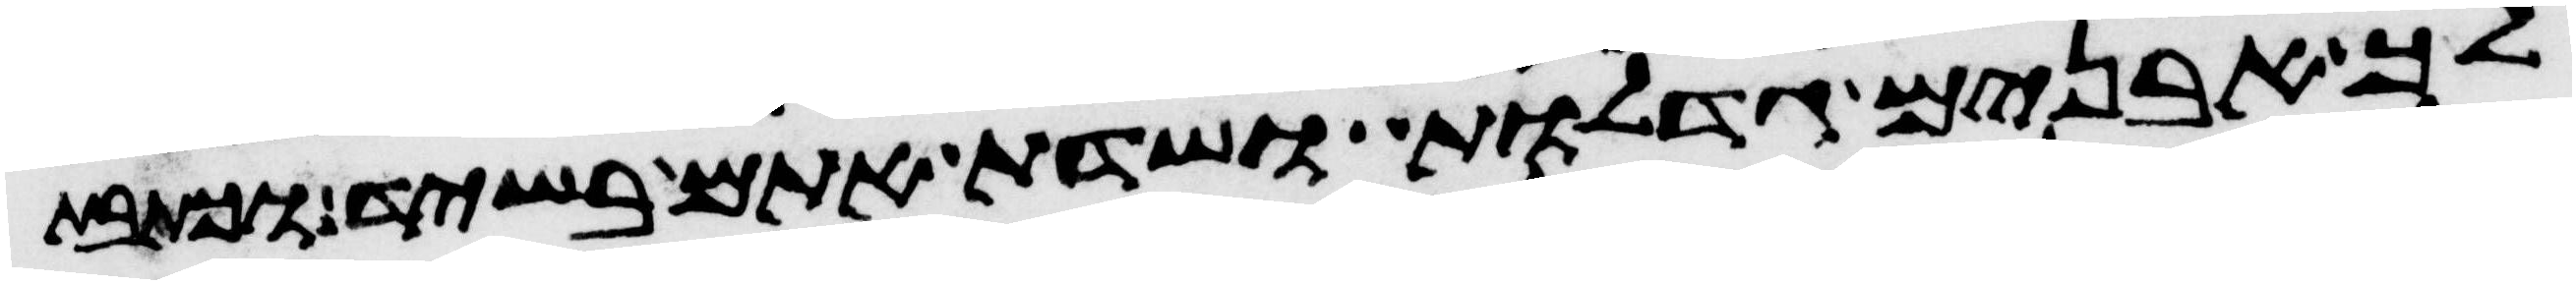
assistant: לך אבנים גדלות ושדת אתם בשיד וכתבת